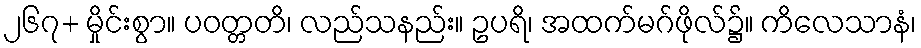
၂၆၇+ မှိုင်းစွာ။ ပဝတ္တတိ၊ လည်သနည်း။ ဥပရိ၊ အထက်မဂ်ဖိုလ်၌။ ကိလေသာနံ၊